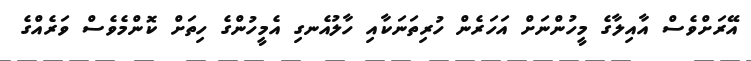
އޭރަށްވެސް އާއިލާގެ މީހުންނަށް އަހަރެން ހުރިތަނަކާއި ހާލުއެނގި އެމީހުންގެ ހިތަށް ކޮންމެވެސް ވަރެއްގެ